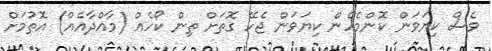
ވެސް ކިޔަވަން ކޮންމެހެން ކިޔަވަން ޖެހޭ ގޮތަށް ތިން ކޯހެއް (މާއްދާއެއް) އޮތުމަށް